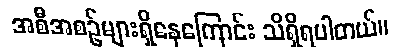
အစီအစဉ်များရှိနေကြောင်း သိရှိရပါတယ်။